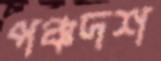
পঞ্চদশ